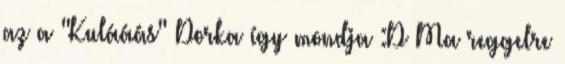
az a "Kulááás" Dorka így mondja :D Ma reggelre